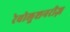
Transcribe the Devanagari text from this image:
रेवोलूशनरीज़